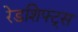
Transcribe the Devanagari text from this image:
रेडशिफ्ट्स